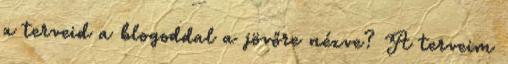
a terveid a blogoddal a jövőre nézve? A terveim